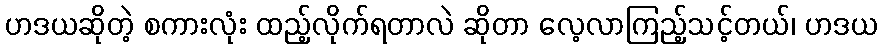
ဟဒယဆိုတဲ့ စကားလုံး ထည့်လိုက်ရတာလဲ ဆိုတာ လေ့လာကြည့်သင့်တယ်၊ ဟဒယ